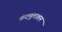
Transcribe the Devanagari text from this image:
कंदमूलाशन